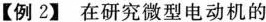
【例2】在研究微型电动机的